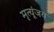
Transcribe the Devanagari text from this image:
मृत्यूंजय